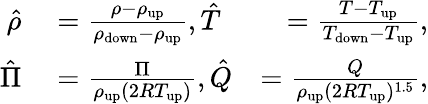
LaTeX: \begin{array}{rlr}{\hat{\rho}}&{{}=\frac{\rho-\rho_{\mathrm{{up}}}}{\rho_{\mathrm{{down}}}-\rho_{\mathrm{{up}}}},\hat{T}}&{=\frac{T-T_{\mathrm{{up}}}}{T_{\mathrm{{down}}}-T_{\mathrm{{up}}}},}\\ {\hat{\Pi}}&{{}=\frac{\Pi}{\rho_{\mathrm{{up}}}(2RT_{\mathrm{{up}}})},\hat{Q}}&{=\frac{Q}{\rho_{\mathrm{{up}}}(2RT_{\mathrm{{up}}})^{1.5}},}\end{array}